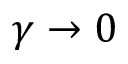
\gamma \rightarrow 0